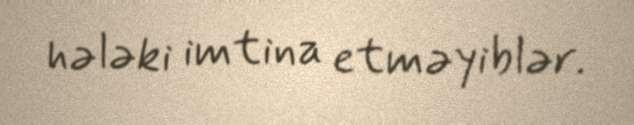
hələki imtina etməyiblər.